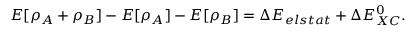
E [ \rho _ { A } + \rho _ { B } ] - E [ \rho _ { A } ] - E [ \rho _ { B } ] = \Delta E _ { e l s t a t } + \Delta E _ { X C } ^ { 0 } .